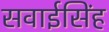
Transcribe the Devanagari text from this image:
सवाईसिंह